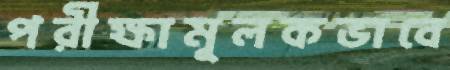
পরীক্ষামূলকভাবে